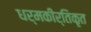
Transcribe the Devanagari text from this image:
धर्मकीर्तिकृत